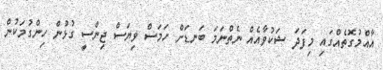
އާއްމުގޮތެއްގައި މިފަދަ ޝަކުވާއެއް ނެތްނަމަ ބަނޑަށް ހަމަސް ވިޔަސް ޖިންސީ ގުޅުން ހިންގުމަކުން